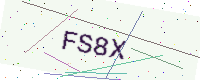
Text: FS8X